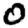
Digit: 0